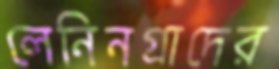
লেনিনগ্রাদের